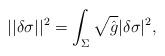
LaTeX: \begin{align*}||\delta \sigma ||^2=\int_\Sigma \sqrt{\hat g} |\delta \sigma|^2,\end{align*}